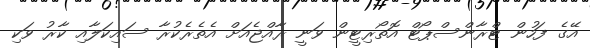
އޭގެ ފަހުން ޓްރާންސްޕޯޓް އޮތޯރިޓީން ވަނީ ރާއްޖެއަށް އެތެރެކުރާ ސައިކަލާއި ކާރު ވަކި